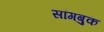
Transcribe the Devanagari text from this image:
सांगबुक